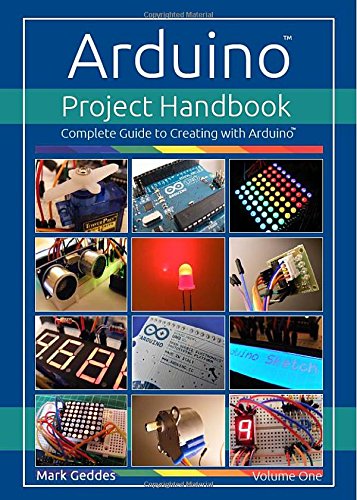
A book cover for Arduino Project Handbook: Volume one: Complete Guide to Creating with the Arduino; Mark Geddes; Computers & Technology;